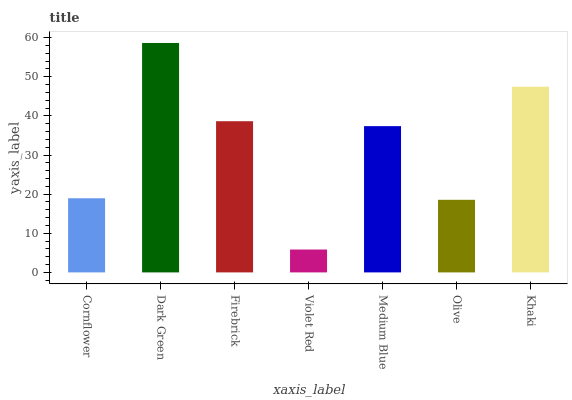
| xaxis_label | bars |
 | --- | --- |
 | Cornflower | 19 |
 | Dark Green | 58.6 |
 | Firebrick | 38.6 |
 | Violet Red | 5.85 |
 | Medium Blue | 37.4 |
 | Olive | 18.6 |
 | Khaki | 47.5 |